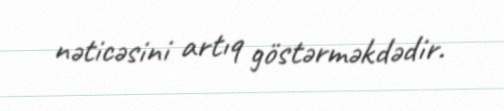
nəticəsini artıq göstərməkdədir.